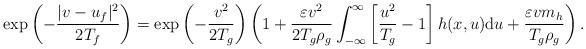
LaTeX: \begin{align*} \exp \left( - \frac{|v-u_f|^2}{2T_f} \right) =\exp \left( -\frac{v^2}{2T_g} \right) \left(1+ \frac{\varepsilon v^2}{2 T_g \rho_g} \int_{-\infty}^{\infty} \left[\frac{u^2}{T_g}-1 \right] h(x,u) \mathrm{d}u + \frac{\varepsilon v m_h}{T_g \rho_g} \right). \end{align*}